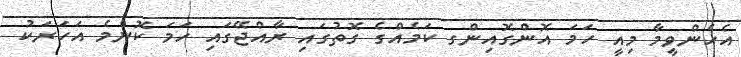
އެހެންވީމާ މިއީ ހަމަ އޮންގޮއިންގ ކަމެއްގެ ގޮތުގައި ރާއްޖޭގައި ހަމަ ކޮންމެ އަހަރަކު